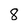
Character: 8